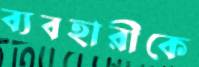
ব্যবহারীকে